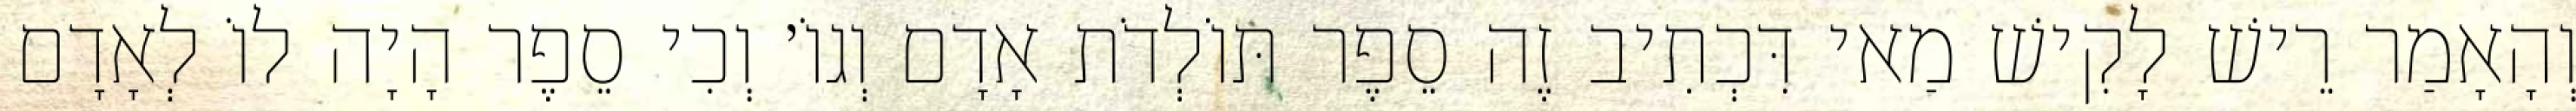
וְהָאָמַר רֵישׁ לָקִישׁ מַאי דִּכְתִיב זֶה סֵפֶר תּוֹלְדֹת אָדָם וְגוֹ׳ וְכִי סֵפֶר הָיָה לוֹ לְאָדָם